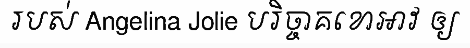
របស់ Angelina Jolie បរិច្ចាគខោអាវ ឲ្យ